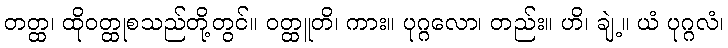
တတ္ထ၊ ထိုဝတ္ထုစသည်တို့တွင်။ ဝတ္ထူတိ၊ ကား။ ပုဂ္ဂလော၊ တည်း။ ဟိ၊ ချဲ့။ ယံ ပုဂ္ဂလံ၊